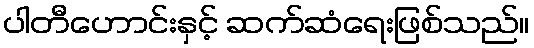
ပါတီဟောင်းနှင့် ဆက်ဆံရေးဖြစ်သည်။